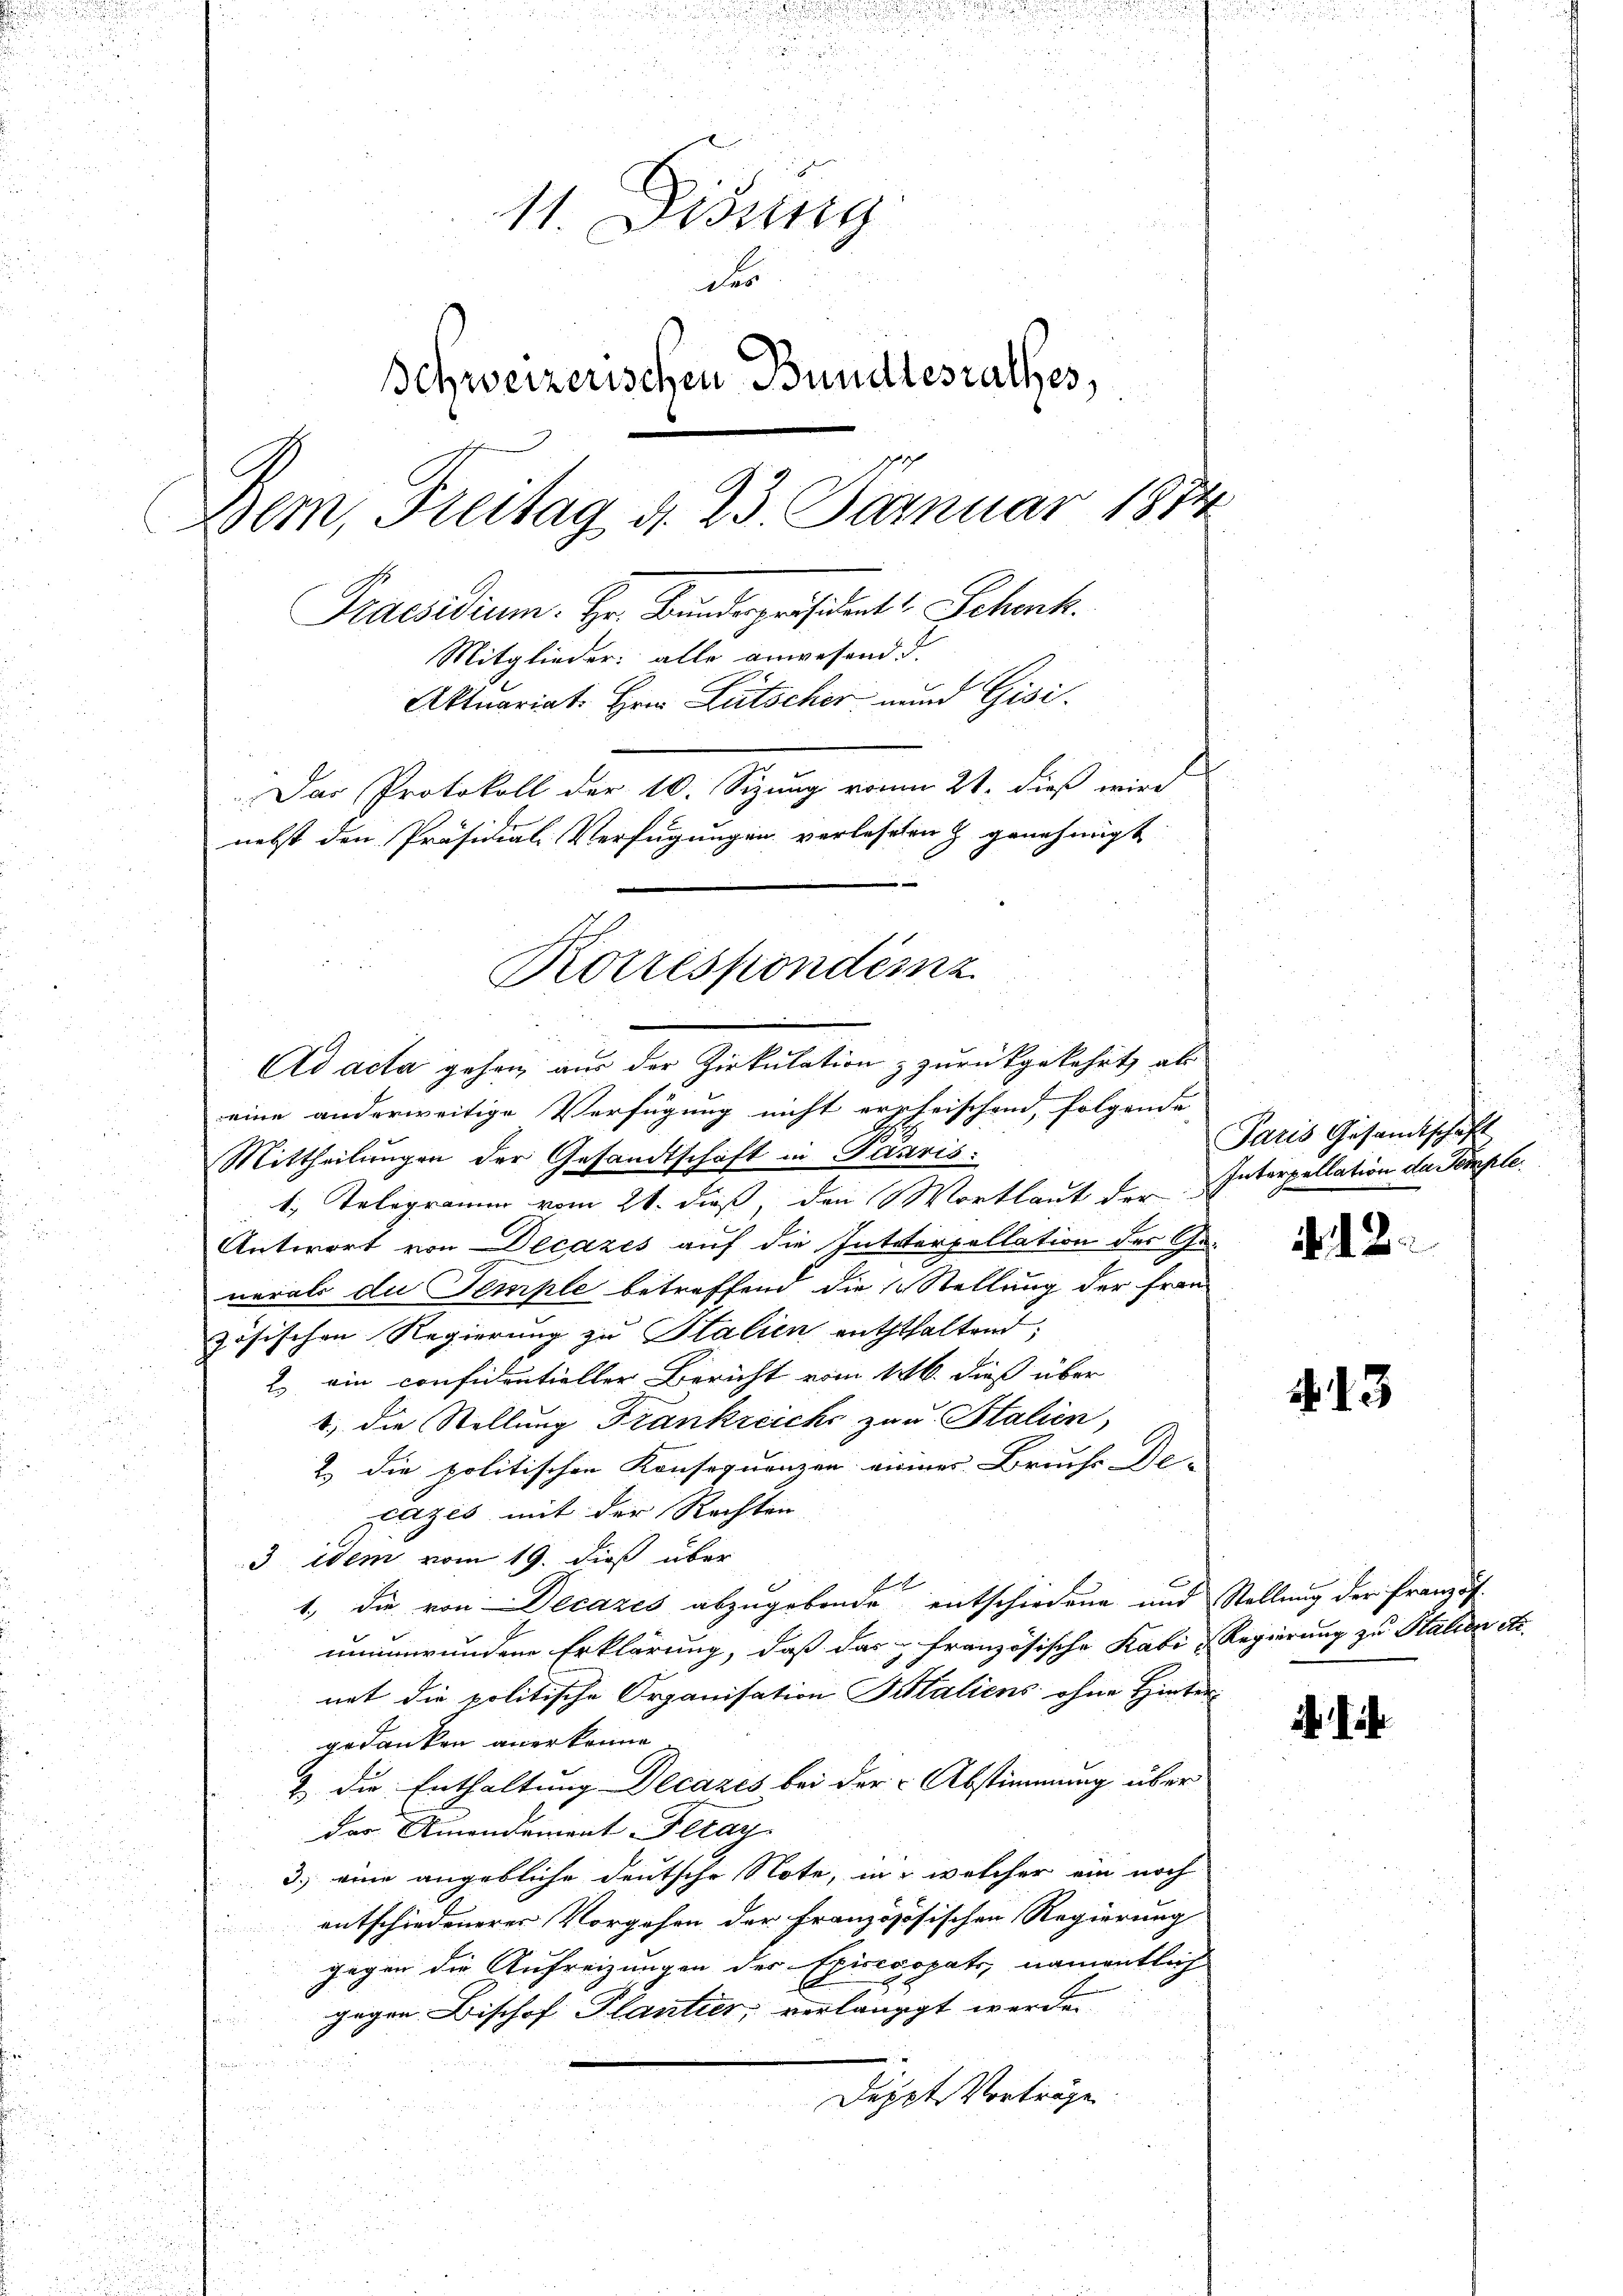
11. Disung
des
Schweizerischen Bundesrathes,
Bem, Freitag d. 23. Januar 1874
Praesidium. Hr. Bunderpräsident Schenk.
Mitglieder: alle anwesend d.
Aktuariat. Hrn. Lütscher und Gisi¬
Das Protokoll der 10. Sizung vonm 21. dieß wird
nebst den Präsidial-Verfügungen verleselen & genehmigt

Mittheilungen der Gesandtschaft in Janris.
1. Telegramm vom 21. dieß, den Wortlaut der Interpellation da Comple.
Antwort von Decazes auf die Inteterpellation der Generals du Temple betreffend die Stellung der Fran
zösischen Regierung zu Stalien enththaltend;
2. ein confidentieller Bericht vom 16. dieß über
1. die Stellung Frankreiche zu Stalien,
2. die politischen Konsequenzen einer Bruche De-
ratzes mit der Rechten
3 idem vom 19. dieß über
Et
1., die von Decazes abzugebende entschiedene und Stellung der Französ.
unumwundene Erklärung, daß das französische Kabi Regierung zu Stalien a
net die politische Organisation Saliens ohne Hinter-
gedanken anerkenne.
& die Enthaltung Decazes bei der Abstimmung über
der Amandament Feray
3.) eine angebliche deutsche Note, in welcher ein noch
entschiedenerer Vorgehen der Französösischen Regierung
s
gegen die Aufreizungen der Epicecopats, namentlich
gegen Bischof Plantier, verlangt werde.
Deppt Vorträge
u
.

Rotrespondenz
Ad acta gehen, aus der Zirkulation zurückgekehrt, als
eine anderweitige Verfügung nicht erschrischend, folgende

Paris Gesamtschaft

. 12.

N. 13